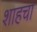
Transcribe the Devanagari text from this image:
शाहचा